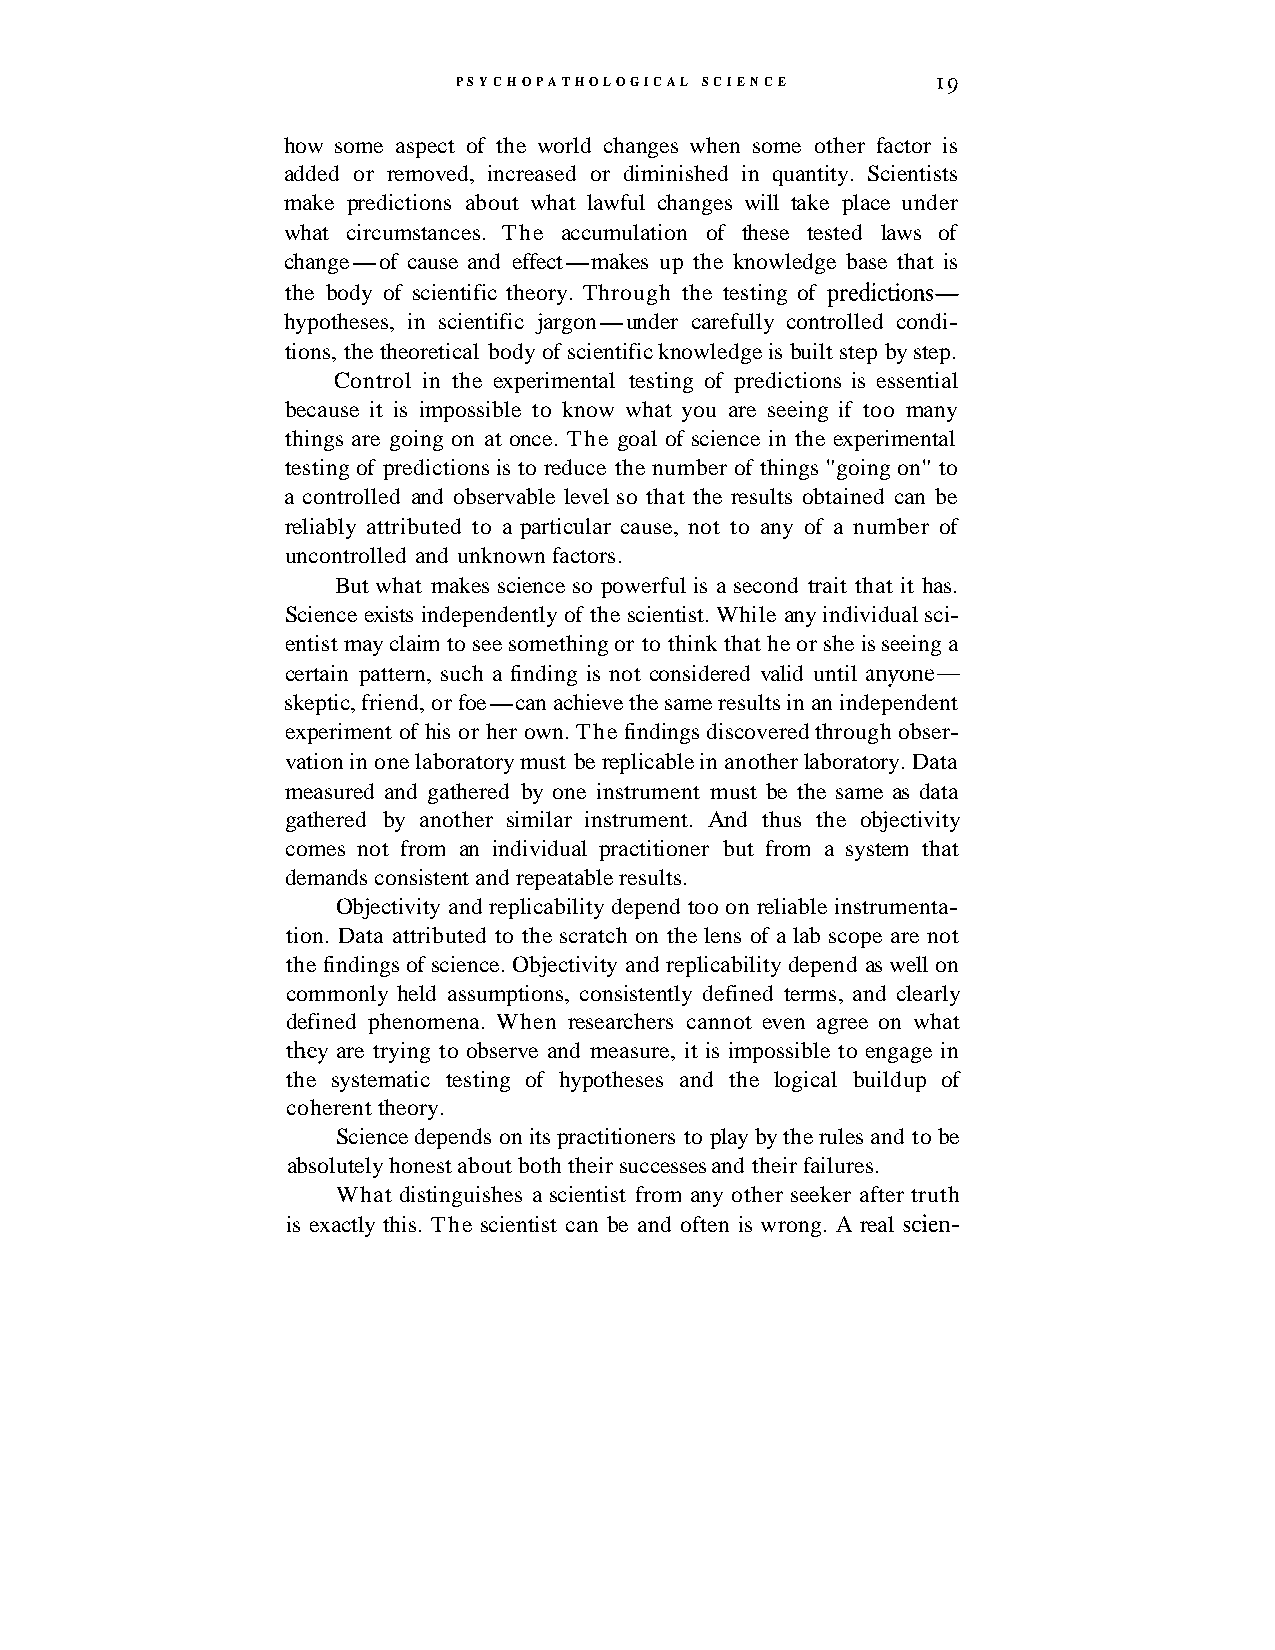
PSYCHOPATHOLOGICAL SCIENCE      '9
 how some aspect of the world changes when some other factor is
 added or removed, increased or diminished in quantity. Scientists
 make predictions about what lawful changes will take place under
 what circumstances. The accumulation of these tested laws of
 change-of cause and effect-makes up the knowledge base that is
 the body of scientific theory. Through the testing of predictions-
 hypotheses, in scientific jargon-under carefully controlled condi-
 tions, the theoretical body of scientific knowledge is built step by step.
 Control in the experimental testing of predictions is essential
 because it is impossible to know what you are seeing if too many
 things are going on at once. The goal of science in the experimental
 testing of predictions is to reduce the number of things "going on" to
 a controlled and observable level so that the results obtained can be
 reliably attributed to a particular cause, not to any of a number of
 uncontrolled and unknown factors.
 But what makes science so powerful is a second trait that it has.
 Science exists independently of the scientist. While any individual sci-
 entist may claim to see something or to think that he or she is seeing a
 certain pattern, such a finding is not considered valid until anyone-
 skeptic, friend, or foe-can achieve the same results in an independent
 experiment of his or her own. The findings discovered through obser-
 vation in one laboratory must be replicable in another laboratory. Data
 measured and gathered by one instrument must be the same as data
 gathered by another similar instrument. And thus the objectivity
 comes not from an individual practitioner but from a system that
 demands consistent and repeatable results.
 Objectivity and replicability depend too on reliable instrumenta-
 tion. Data attributed to the scratch on the lens of a lab scope are not
 the findings of science. Objectivity and replicability depend as well on
 commonly held assumptions, consistently defined terms, and clearly
 defined phenomena. When researchers cannot even agree on what
 they are trying to observe and measure, it is impossible to engage in
 the systematic testing of hypotheses and the logical buildup of
 coherent theory.
 Science depends on its practitioners to play by the rules and to be
 absolutely honest about both their successes and their failures.
 What distinguishes a scientist from any other seeker after truth
 is exactly this. The scientist can be and often is wrong. A real scien-